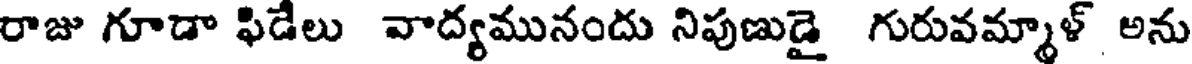
రాజు గూడా ఫిడేలు వాద్యమునందు నిపుణుడై గురువమ్మాళ్ అను